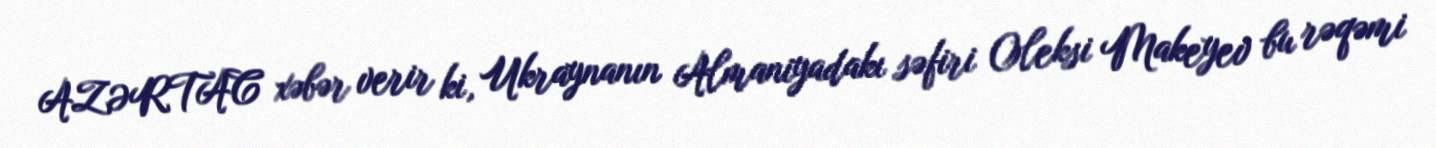
AZƏRTAC xəbər verir ki, Ukraynanın Almaniyadakı səfiri Oleksi Makeyev bu rəqəmi